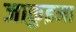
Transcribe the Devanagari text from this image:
जाकुइमा